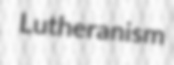
Lutheranism